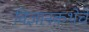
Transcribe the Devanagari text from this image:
विज्ञानकथेचे